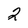
Character: 2